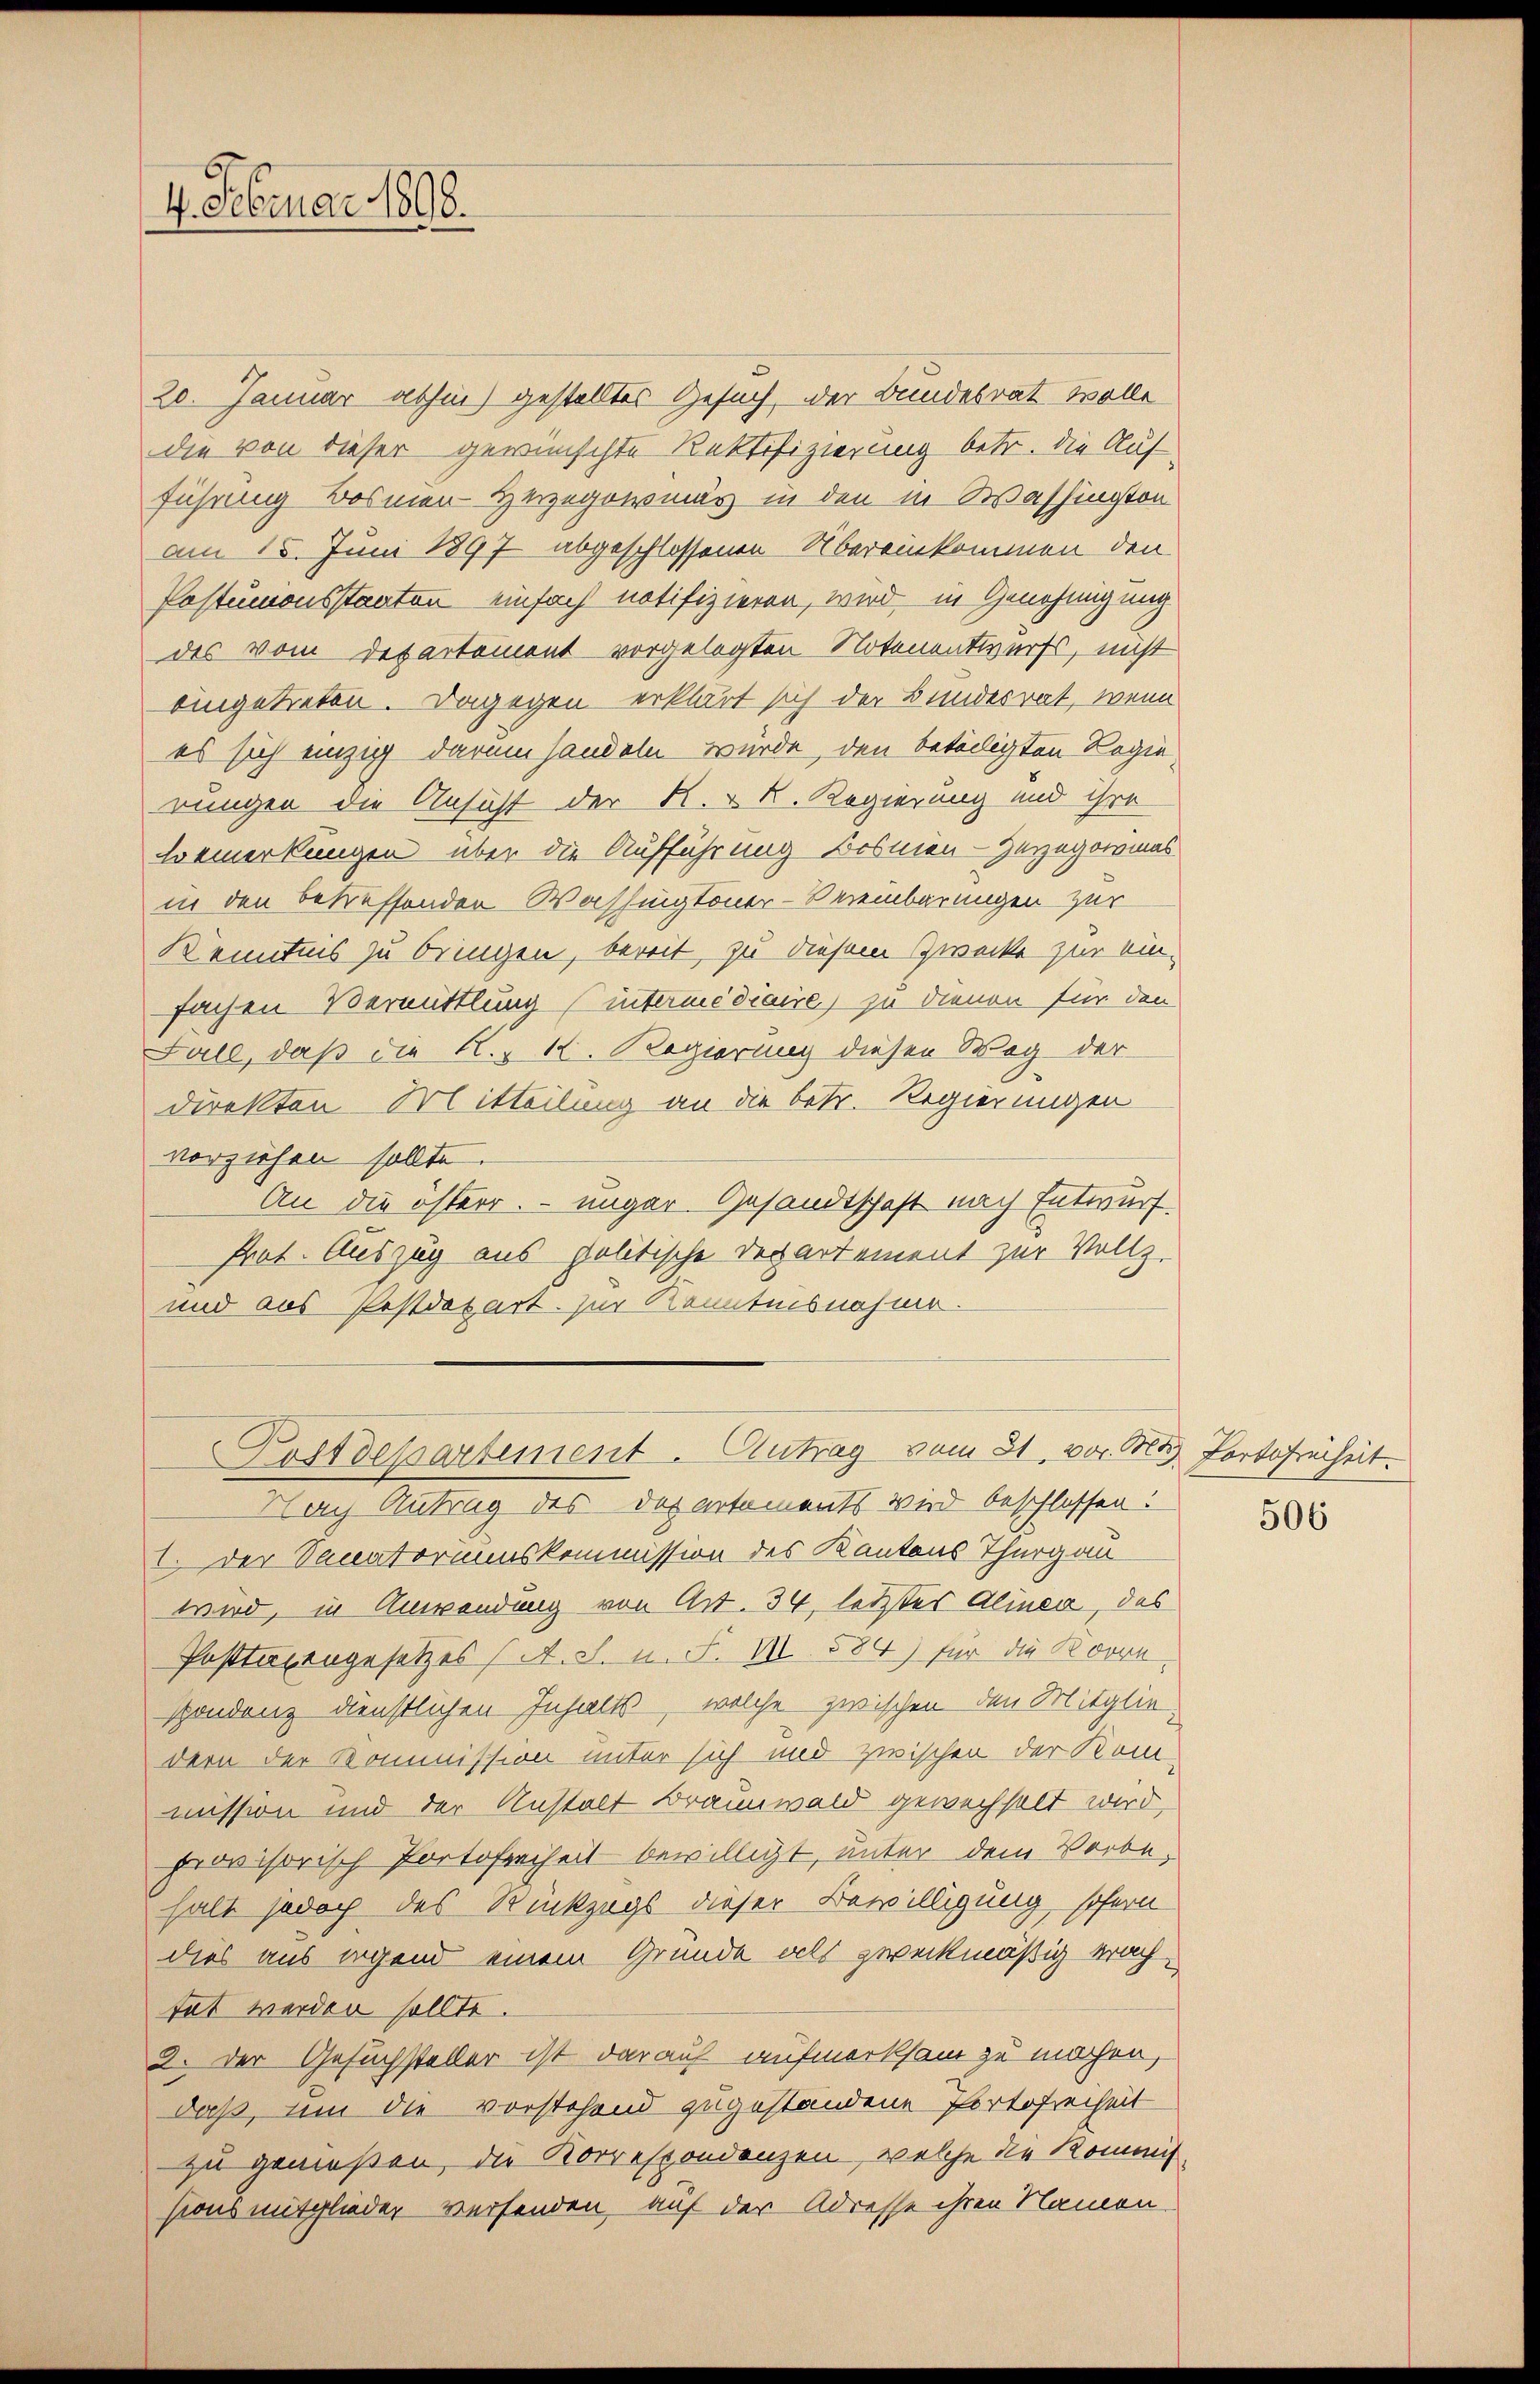
4. Februar 1890.

20. Januar abhin) gestelltes Gesuch, der Bundesrat Wolle
die von dieser gewünschte Rektifizierung betr. die Aufführung Bosnien-Herzegowmas in den in Washington
am 15. Juni 1897 abgeschlossenen Übereinkommen den
Postunionsstaaten einfach notifizieren, wird, in Genehmigung
des vom Departement vorgelegten Notenentwurfs, nicht
eingetreten. Dagegen erklärt sich der Bundesrat, wenn
es sich einzig darum handeln würde, den betölligten Regierungen die Ansicht der R. v. R. Regierung und ihre
Bemerkungen über die Aufführung Bosnien - Herzegowmas
in den betreffenden Washingtoner-Vereinbarungen zur
Kenntnis zu bringen, bereit, zu diesem Zwecke zur ein-
fachen Vermittlung (intermédiaire) zu dienen für den
Fall, daß die K., 14. Regierung diesen Weg der
direkten Mitteilung an die betr. Regierungen
vorziehen sollte.
An die österr. – ungar. Gesandtschaft nach Entwurf.
Prot. Auszug aus politische Departement zur Vollz
und aus Postdepart. zur Kenntnisnahme.

Postdepartement. Antrag vom 31. vor. M. Portofreiheit.

Nach Antrag des Departements wird beschlossen:
1. Der Sanatoriumskommission des Kantons Thurgau
wird, in Anwendung von Art. 34, letztes Alinea, das
Posttaxengesetzes (A. S. n. F. III 584) für die Korn,
spondenz dienstlichen Inhalts, welche zwischen den Mitglie-
dern der Kommission unter sich und zwischen der Kom-
mission und der Anstalt Braunwald gewechselt wird,
provisorisch Portofreiheit bewilligt, unter dem Vorbe-
halt jedoch des Rückzogs dieser Bewilligung sofern
dies aus irgend einem Gründe als zweckmäßig erachtet werden sollte.
2. Der Gesuchsteller ist darauf aufmerksam zu machen,
daß, um die vorstehend zugestandene Portofreiheit
zu genoßen, die Korrespondenzen, welche die Kommis-
sions mitglieder versenden, auf der Adresse ihren Namen

506